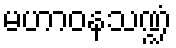
မဟာဝနသဏ္ဍံ